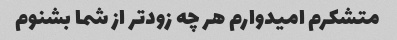
متشکرم امیدوارم هر چه زودتر از شما بشنوم